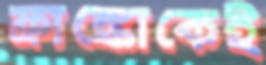
ফ্রাঙ্কোকেই